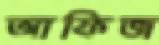
আফিজ